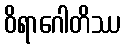
ဝိရာဂေါတိဿ